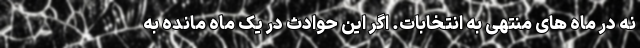
نه در ماه های منتهی به انتخابات. اگر این حوادث در یک ماه مانده به